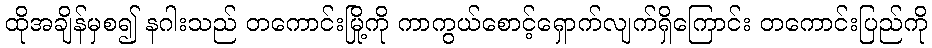
ထိုအချိန်မှစ၍ နဂါးသည် တကောင်းမြို့ကို ကာကွယ်စောင့်ရှောက်လျက်ရှိကြောင်း တကောင်းပြည်ကို